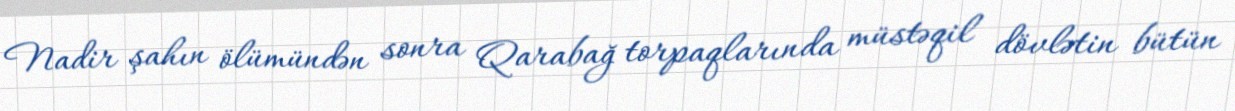
Nadir şahın ölümündən sonra Qarabağ torpaqlarında müstəqil dövlətin bütün